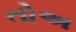
તોઅ